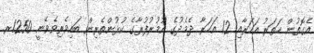
އެގޮތުން ހަތަރު އަހަރާއި 12 އަހަރާ ދެމެދުގެ އުމުރުފުރާގެ ކުޅުންތެރިން ބައިވެރިވެވޭނީ 1250ރ.